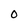
Character: O